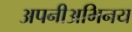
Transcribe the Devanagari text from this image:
अपनीअभिनय